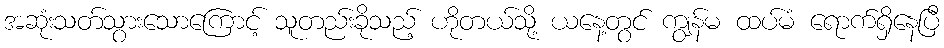
အဆုံးသတ်သွားသောကြောင့် သူတည်းခိုသည့် ဟိုတယ်သို့ ယနေ့တွင် ကျွန်မ ထပ်မံ ရောက်ရှိနေပြီ